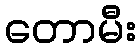
တောမီး